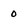
Character: 0